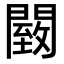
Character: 䦯